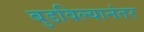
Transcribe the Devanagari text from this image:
बुडविल्यानंतर